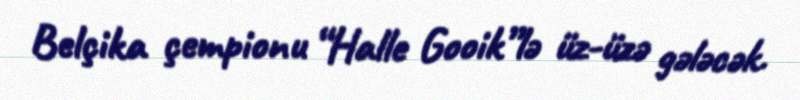
Belçika çempionu “Halle Gooik”lə üz-üzə gələcək.